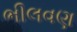
ભીલવણ